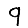
Digit: 9